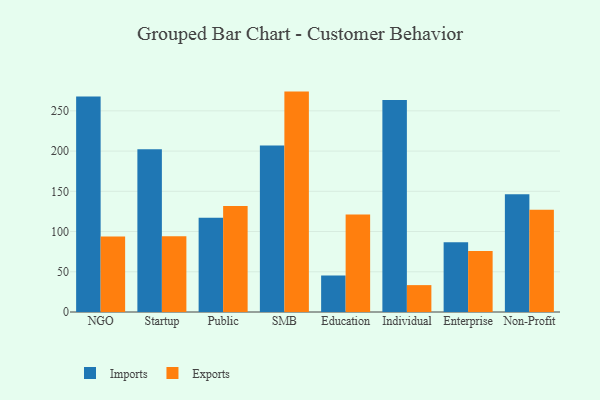
{"axis": {"x": "Segment", "y": "Net Income (USD K)"}, "legend": ["Exports", "Imports"], "data": [{"x": "NGO", "y": 267.9, "type": "Imports"}, {"x": "NGO", "y": 93.7, "type": "Exports"}, {"x": "Startup", "y": 202.2, "type": "Imports"}, {"x": "Startup", "y": 94.0, "type": "Exports"}, {"x": "Public", "y": 117.2, "type": "Imports"}, {"x": "Public", "y": 131.6, "type": "Exports"}, {"x": "SMB", "y": 206.9, "type": "Imports"}, {"x": "SMB", "y": 273.9, "type": "Exports"}, {"x": "Education", "y": 45.5, "type": "Imports"}, {"x": "Education", "y": 121.3, "type": "Exports"}, {"x": "Individual", "y": 263.4, "type": "Imports"}, {"x": "Individual", "y": 33.4, "type": "Exports"}, {"x": "Enterprise", "y": 86.8, "type": "Imports"}, {"x": "Enterprise", "y": 75.8, "type": "Exports"}, {"x": "Non-Profit", "y": 146.3, "type": "Imports"}, {"x": "Non-Profit", "y": 127.0, "type": "Exports"}]}